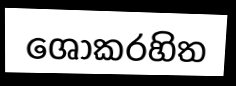
ශෝකරහිත